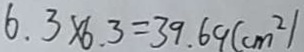
6 . 3 \times 6 . 3 = 3 9 . 6 9 ( c m ^ { 2 } )